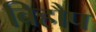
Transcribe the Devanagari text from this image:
बिहौप